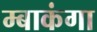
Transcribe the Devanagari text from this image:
म्बाकंगा